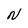
Character: N